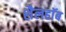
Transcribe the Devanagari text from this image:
शैलहाॅब